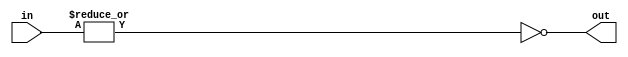
module NOR3_3 #(parameter SIZE = 3) (input [SIZE-1:0] in, output out);
assign out = ~|in;
endmodule